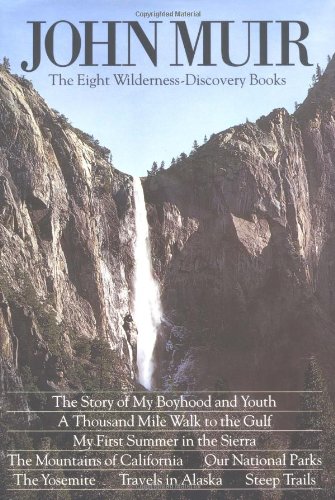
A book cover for John Muir: The Eight Wilderness Discovery Books; John Muir; Science & Math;